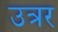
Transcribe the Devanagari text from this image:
उत्रर